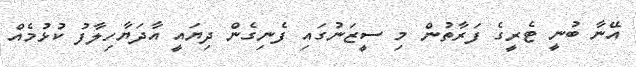
އޭނާ ބުނީ ޓެރީގެ ފަރާތުން މި ސީޒަނުގައި ފެނިގެން ދިޔައީ އާދަޔާހިލާފު ކުޅުމެއް